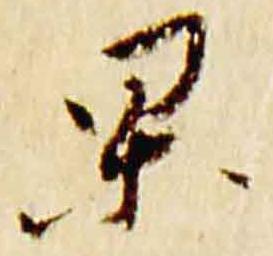
杲